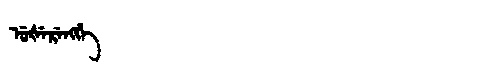
Manchu: ᡠᡧᡝᡵᡝᠩᡤᡝ
Romanization: UŠERENGGE